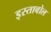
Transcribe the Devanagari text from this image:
इस्ताबोल